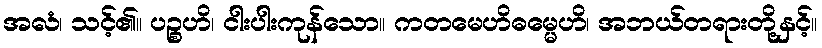
အလံ၊ သင့်၏။ ပဉ္စဟိ၊ ငါးပါးကုန်သော။ ကတမေဟိဓမ္မေဟိ၊ အဘယ်တရားတို့နှင့်။